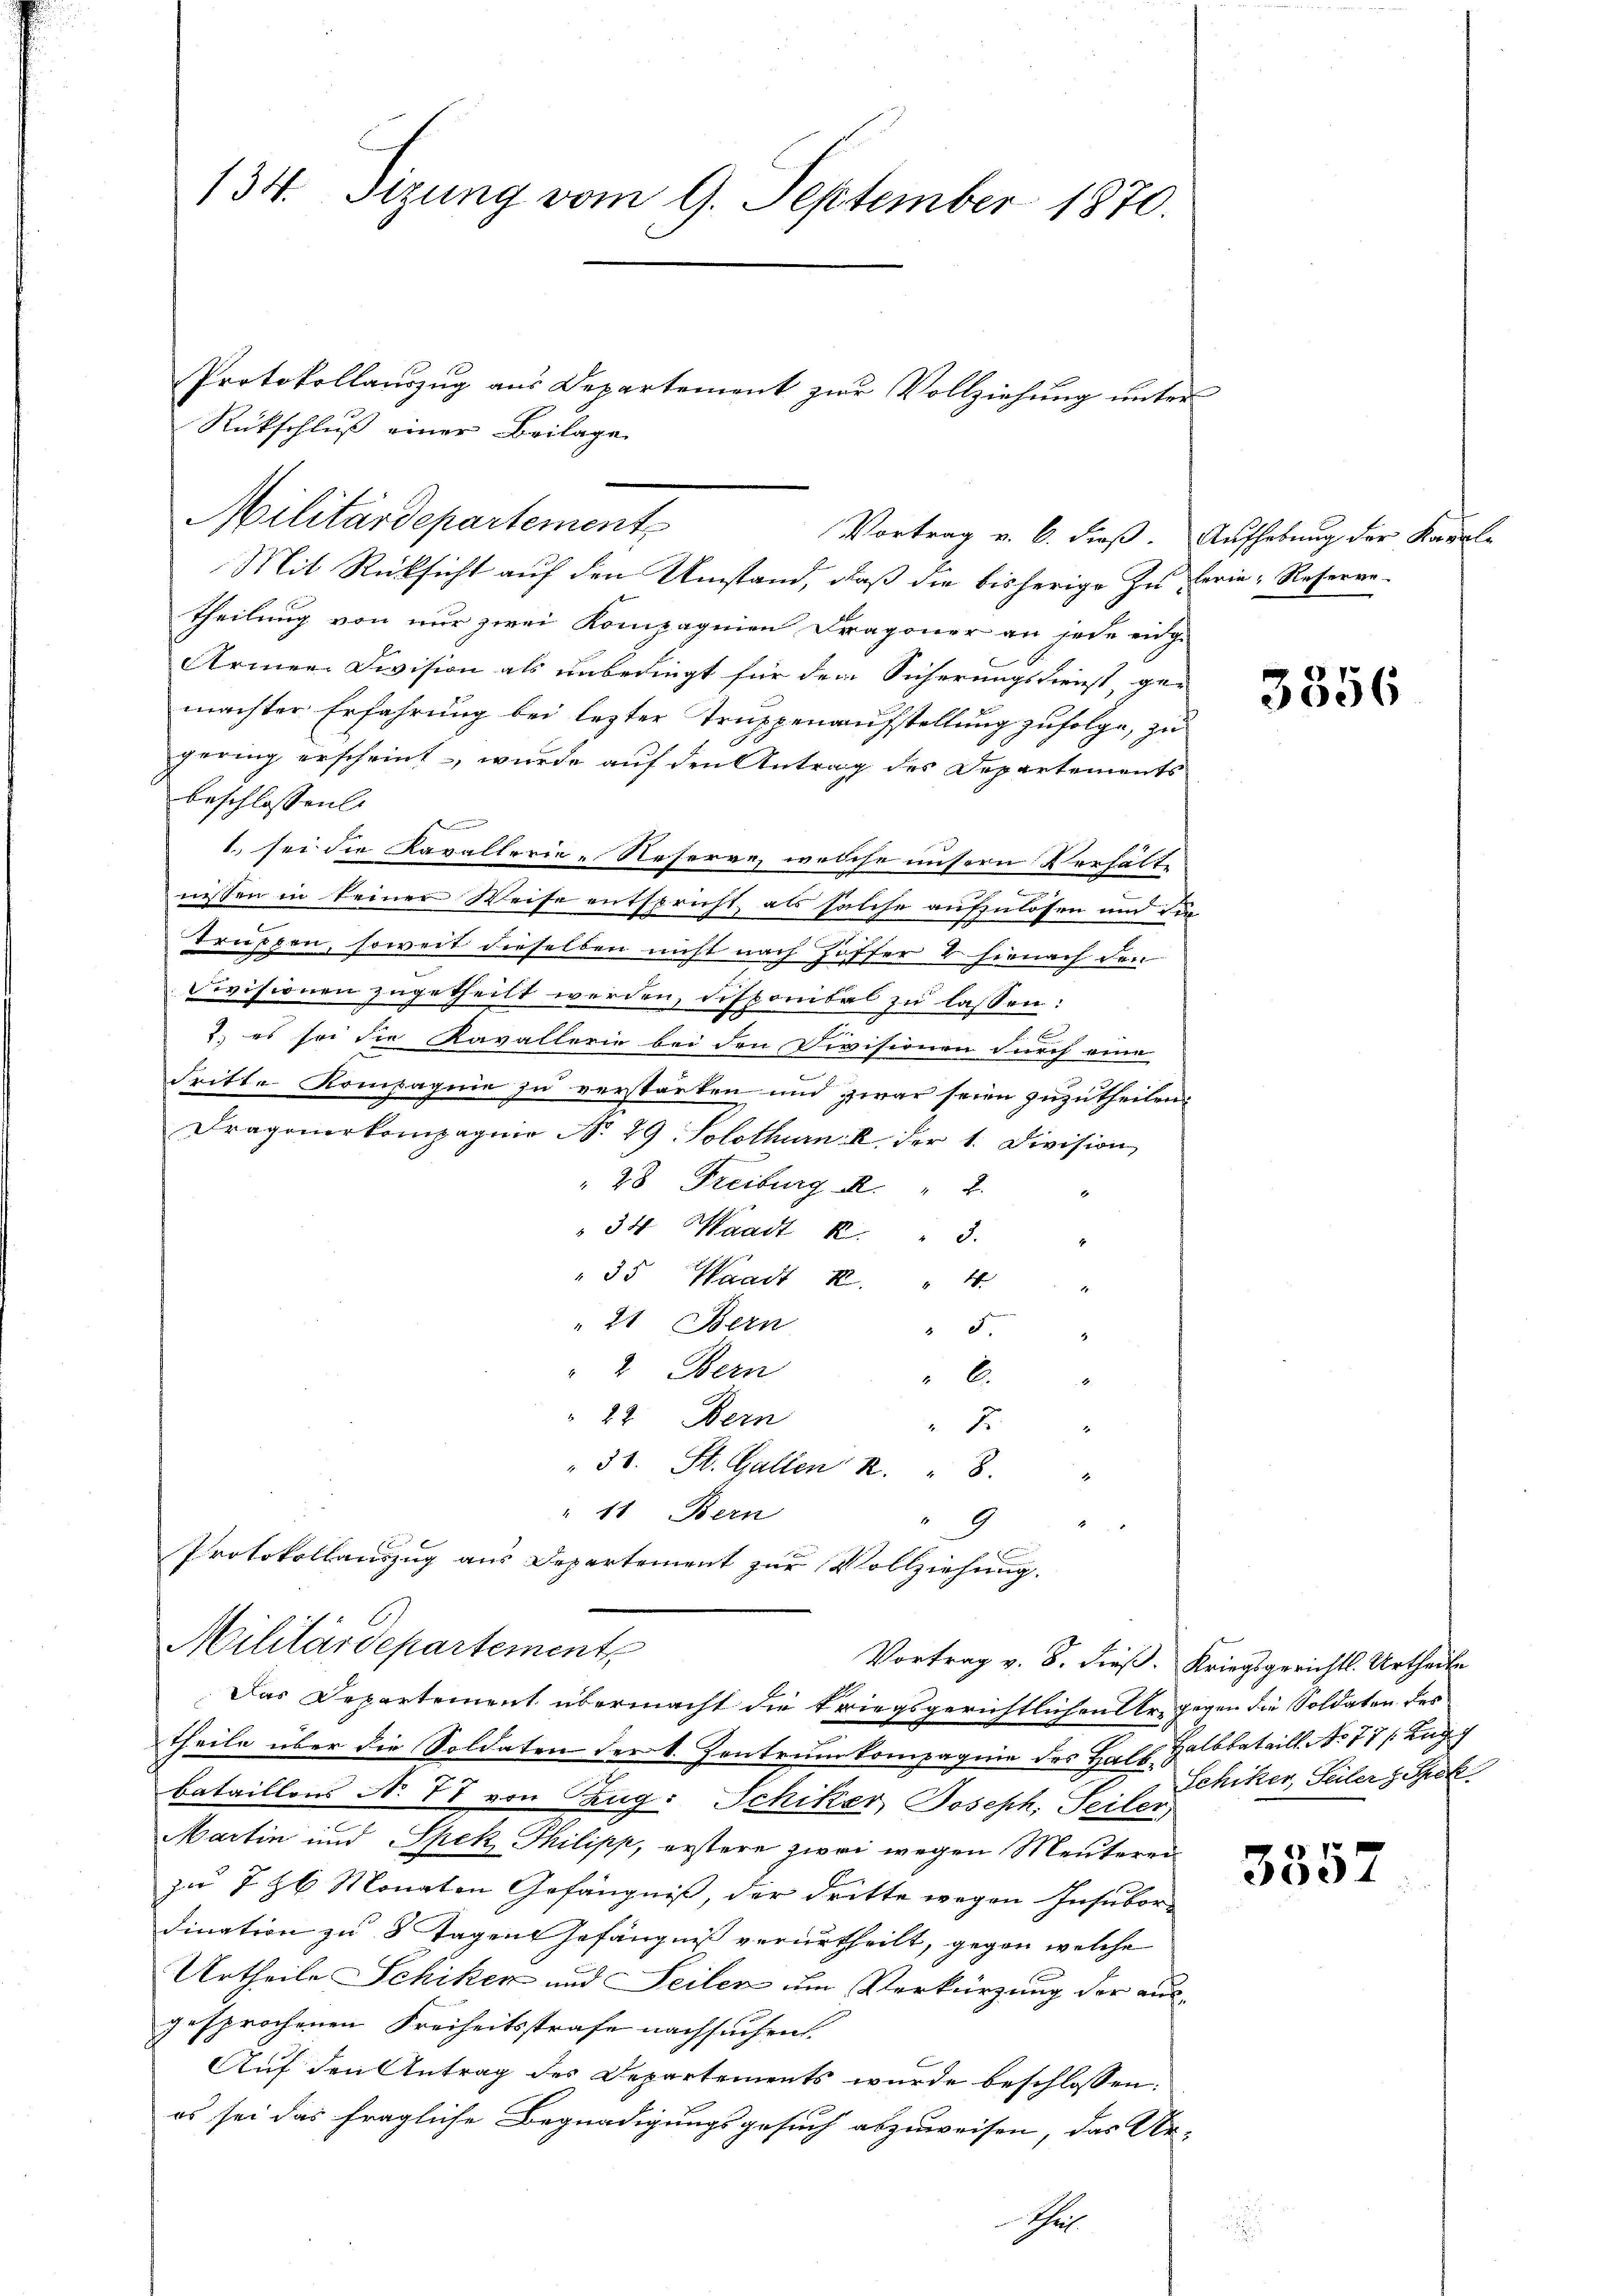
Rückschluß einer Beilage
Mit Rücksicht auf den Umstand, daß die bisherige zu Ferie-Reserve-
theilung von nur zwei Kompagnien Dragoner an jede einge
Armen Division als unbedingt für dem Sicherungsdienst, gan
machter Erfahrung bei lezter Truppenaufstellung zufolge, zu
gering erscheint -, wurde auf den Antrag des Departements
beschlossen
1. sei die Kavalterie-Reserve, welche unsern Verhält
nissen in keiner Weise entspricht, als solche aufzulösen und detruppen, soweit dieselben nicht nach Hoffer 2 hienach den
Devisionen zugetheilt werden, dich
Tponibel zu lassen:
te
2., es sei die Kavallerie bei den Divisionen durch eine
dritte Kompagnie zu verstärken und zwar seien zuzutheilen.
Dragonerkompagnie No. 29. Solothurn u. der 1. Division
" 28 Freiburg R. " 2 "
34 Waadt R. " 3
35 Waadt 2. " 4. " "
21. Bern
" 5.
" 2. Bern
.
 22. Dein
7
" 31. St. Gallen R. " 8 "
" 11 Bern
9
Protokollauszug aus Departement zur Vollziehung.
Militärdepartement
Vortrag v. 8. dieß. Kriegsgerichts. Urtheile
Das Departement übermacht die kriegsgerichtlichen Er gegen die Soldaten des
theile über die Soldaten der 1. Zentrum kompagnie des Hall Halbbataill. No 77 f. Zug f
bataillons N. 77 von Zug: Schiker, Joseph, Seiler
Martin und Spek, Philipp, erstere zwei wegen Meuteren
zu 7 Z 6 Monaten Gefängniß, der dritte wegen Insubordination zu 8 Tagen Gefängniß verurtheilt, gegen welche
Urtheile Schiken und Seilen um Verkürzung der aus-
gesprochenen Freiheitsstrafe nachsuchen.
Auf den Antrag des Departements wurde beschlossen:
es sei das fragliche Begnadigungsgesuch abzuweisen, das Ur-
e

134. Sizung vom 9. September 1870.

Protokollauszug aus Departement zur Vollziehung unter
Militärdepartement
Vortrag v. 6. dieß. Aufhebung der Kanal-

3356

Schiker, Seiler Spek

3357